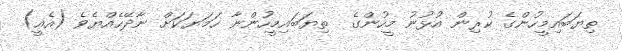
ތިޔަބައިމީހުންގެ ކުރިން އުޅުނު މީހުންގެ  ތިޔަބައިމީހުންނާ ހަމަޔަކަށް ނާދޭހެއްޔެވެ (އެއީ)